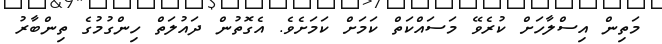
މަތިން އިސްލާހަށް ކުރެވޭ މަސައްކަތް ކަމަށް ކަމަށެވެ. އެގޮތުން ދައުލަތް ހިންގުމުގެ ތިންބާރު